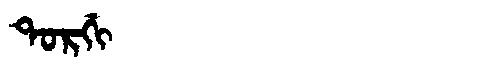
Manchu: ᡨᠣᡵᡤᡳ
Romanization: TORGI